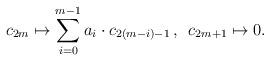
LaTeX: \begin{align*} c_{2m} \mapsto \sum_{i=0}^{m-1} a_{i} \cdot c_{2(m-i)-1} \, , \, \, \, c_{2m+1} \mapsto 0 .\end{align*}